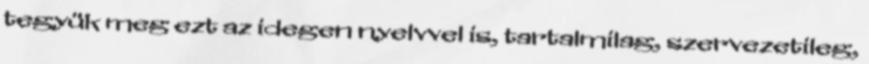
tegyük meg ezt az idegen nyelvvel is, tartalmilag, szervezetileg,